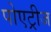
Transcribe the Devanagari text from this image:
पोएट्रीज